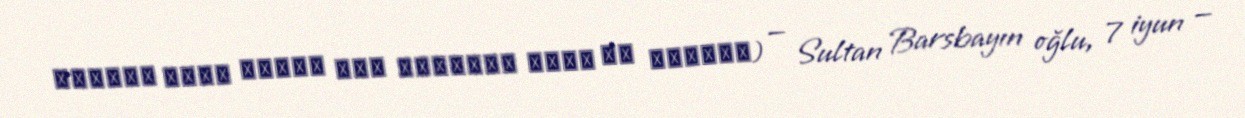
العزيز جمال الدين أبو المحاسن يوسف بن برسباي) — Sultan Barsbayın oğlu, 7 iyun —